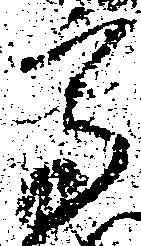
高